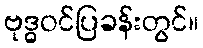
ဗုဒ္ဓဝင်ပြခန်းတွင်။